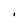
Character: I